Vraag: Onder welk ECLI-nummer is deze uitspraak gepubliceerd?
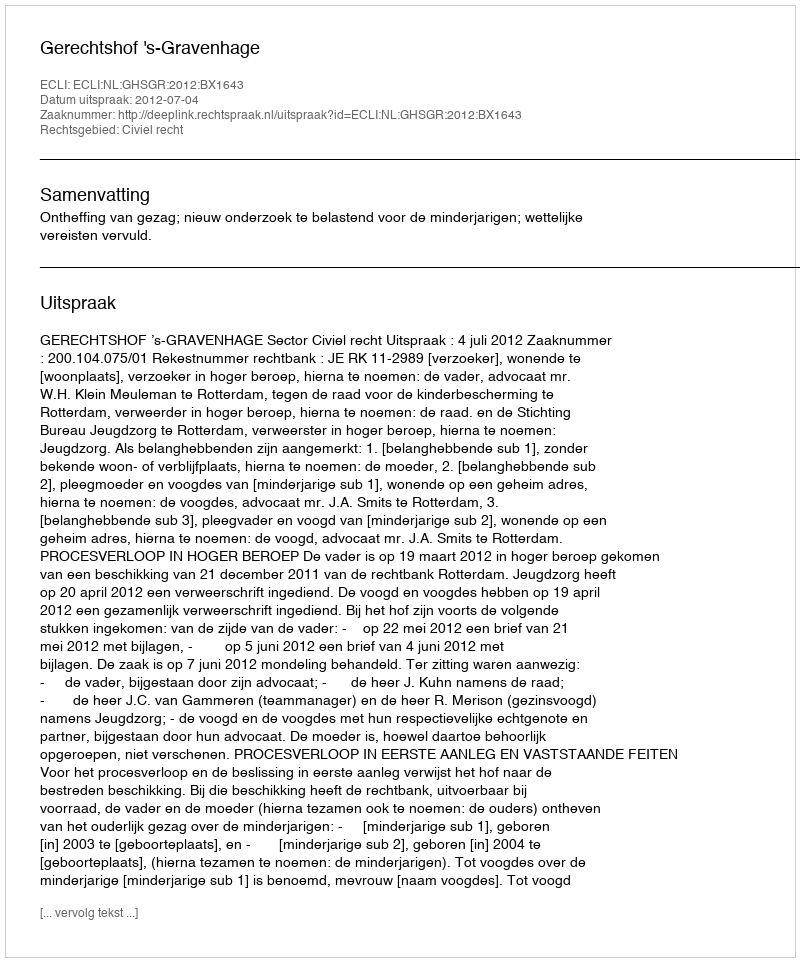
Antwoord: ECLI:NL:GHSGR:2012:BX1643